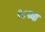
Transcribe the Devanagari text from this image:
२८च्या